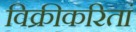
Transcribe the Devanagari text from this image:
विक्रीकरितां